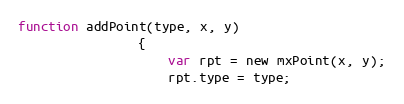
Language: JavaScript
function addPoint(type, x, y)
				{
					var rpt = new mxPoint(x, y);
					rpt.type = type;